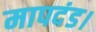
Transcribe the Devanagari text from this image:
मापदंड।